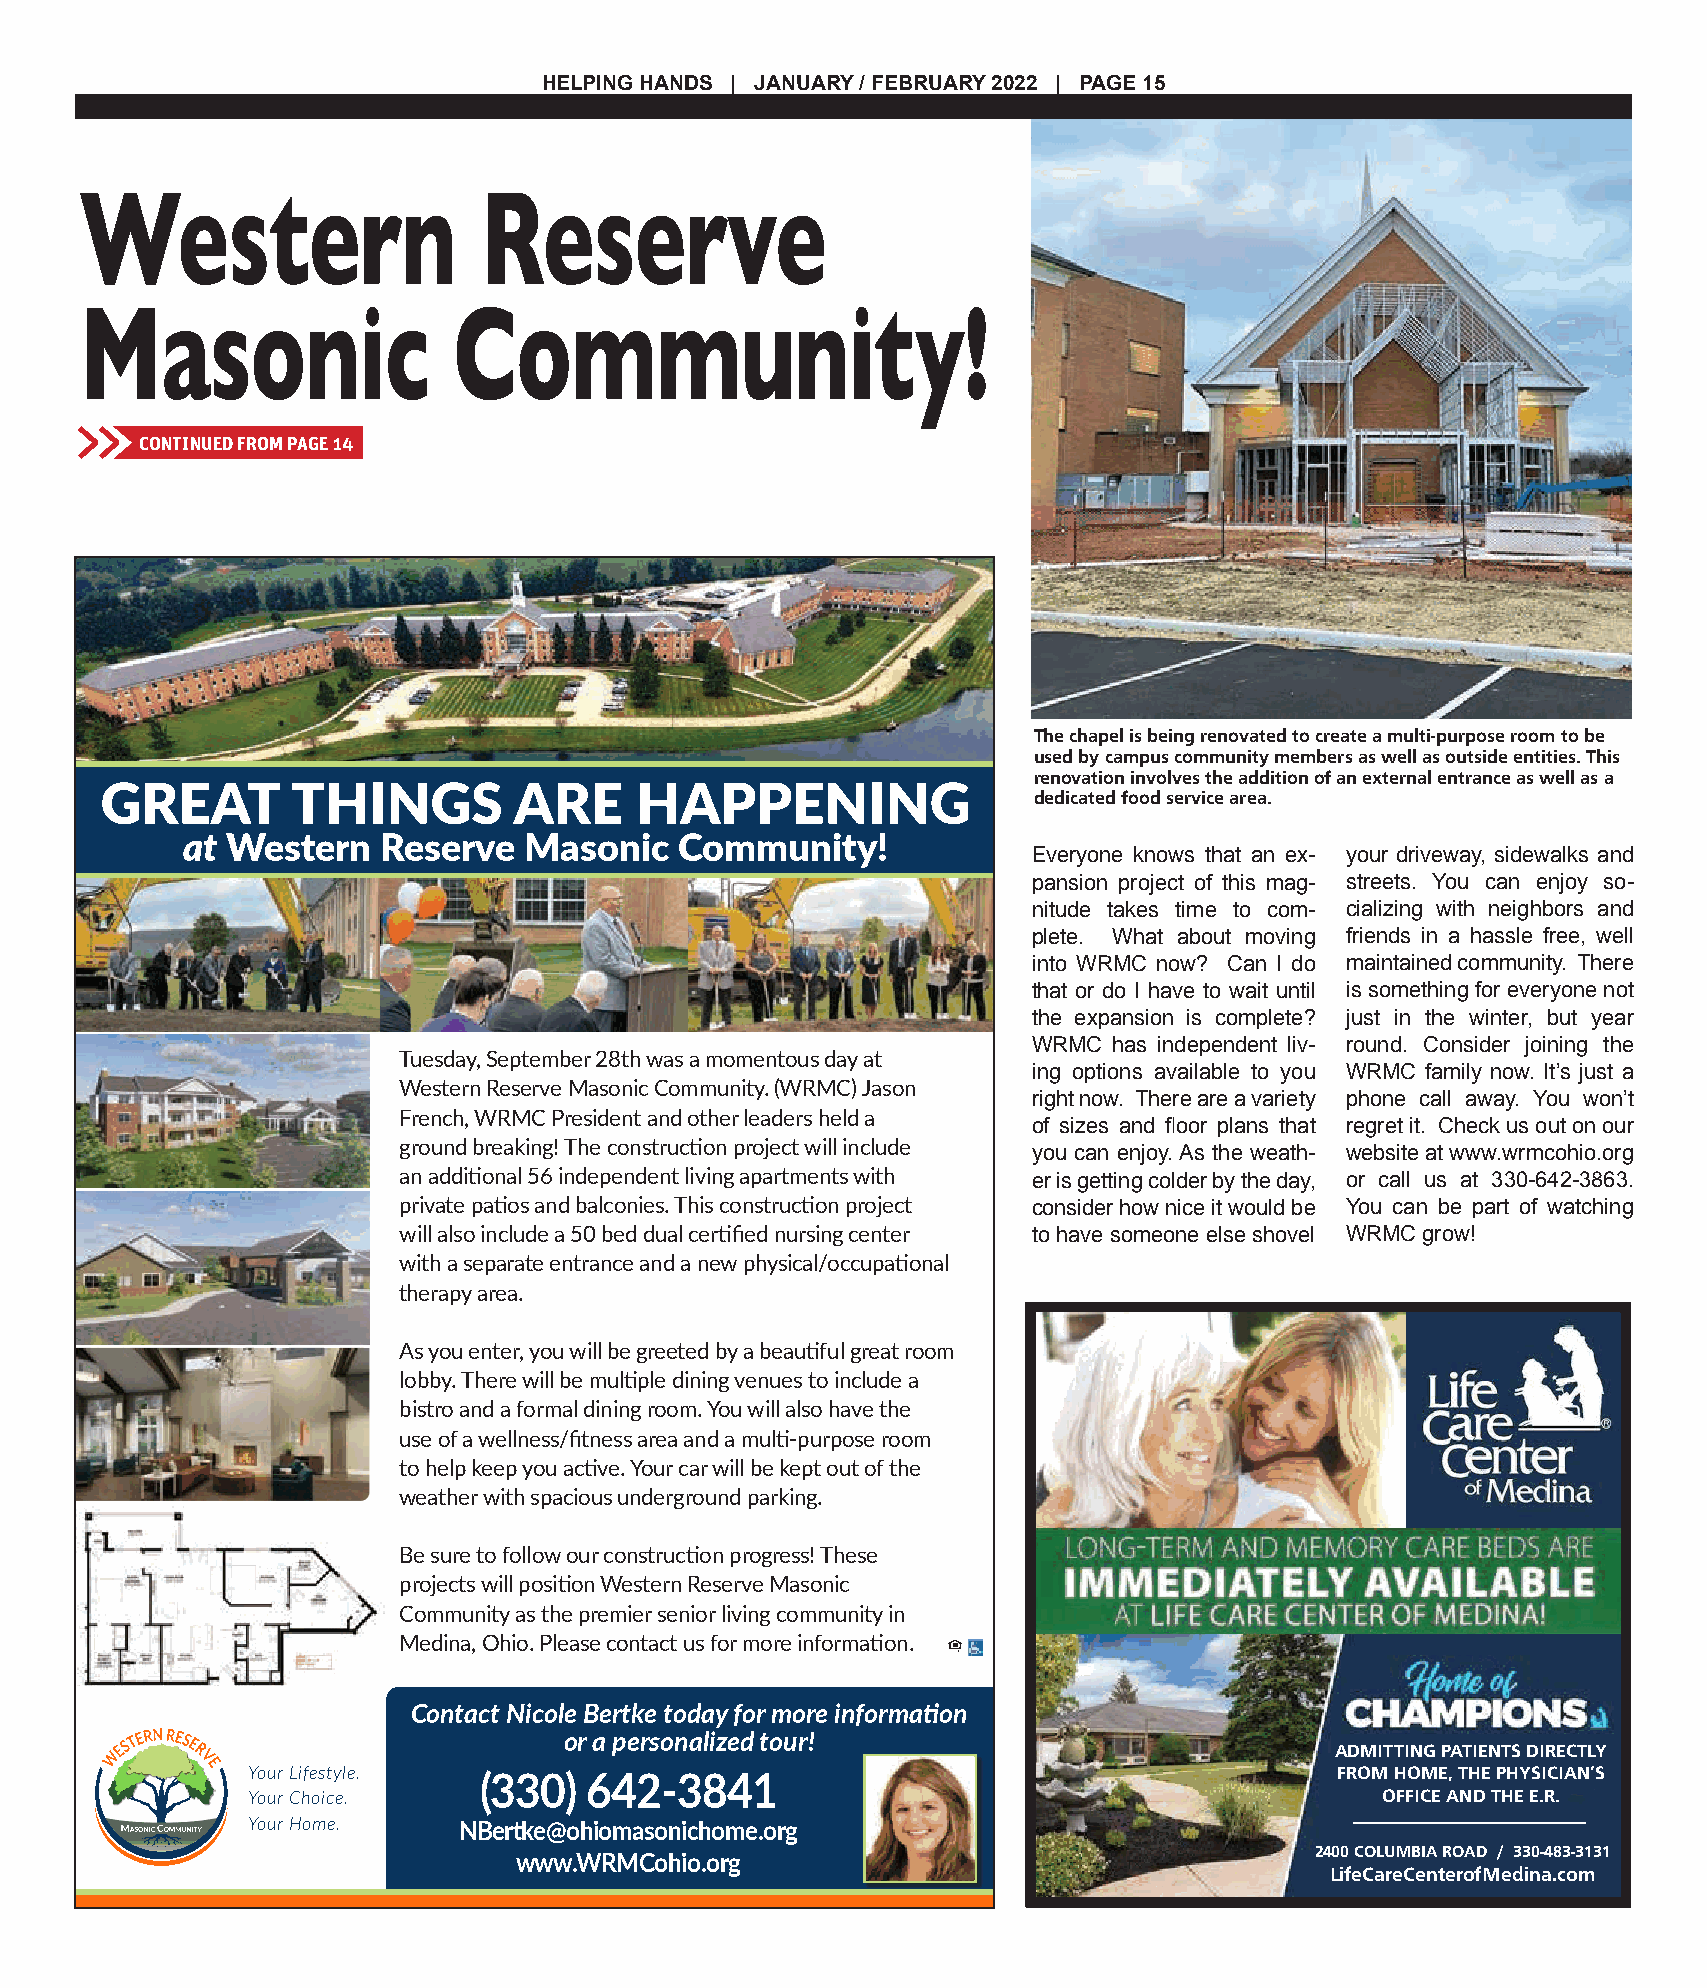
HELPING HANDS | JANUARY / FEBRUARY 2022 | PAGE 15
 Western                    Reserve
 Masonic                  Community!
 >>
 CONTINUED FROM PAGE 14
 The chapel is being renovated to create a multi-purpose room to be
 used by campus community members as well as outside entities. This
 renovation involves the addition of an external entrance as well as a
 GREAT       THINGS         ARE     HAPPENING                 dedicated food service area.
 at Western   Reserve   Masonic   Community!
 Everyone knows that an ex- your driveway, sidewalks and
 pansion project of this mag- streets. You can enjoy so-
 nitude takes time to com- cializing with neighbors and
 plete. What about moving friends in a hassle free, well
 into WRMC now? Can I do maintained community. There
 that or do I have to wait until is something for everyone not
 the expansion is complete? just in the winter, but year
 WRMC  has independent liv- round. Consider joining the
 Tuesday, September 28th was a momentous day at
 ing options available to you WRMC family now. It’s just a
 Western Reserve Masonic Community. (WRMC) Jason
 right now. There are a variety phone call away. You won’t
 French, WRMC President and other leaders held a
 of sizes and floor plans that regret it. Check us out on our
 ground breaking! The construction project will include
 you can enjoy. As the weath- website at www.wrmcohio.org
 an additional 56 independent living apartments with er is getting colder by the day, or call us at 330-642-3863.
 private patios and balconies. This construction project consider how nice it would be You can be part of watching
 will also include a 50 bed dual certified nursing center to have someone else shovel WRMC grow!
 with a separate entrance and a new physical/occupational
 therapy area.
 As you enter, you will be greeted by a beautiful great room
 lobby. There will be multiple dining venues to include a
 bistro and a formal dining room. You will also have the
 use of a wellness/fitness area and a multi-purpose room
 to help keep you active. Your car will be kept out of the
 weather with spacious underground parking.
 Be sure to follow our construction progress! These
 projects will position Western Reserve Masonic
 Community as the premier senior living community in
 Medina, Ohio. Please contact us for more information.
 Contact Nicole Bertke today for more information
 or a personalized tour!
 ADMITTING PATIENTS DIRECTLY
 Your Lifestyle.                                                         FROM HOME, THE PHYSICIAN’S
 (330)  642-3841
 Your Choice.                                                               OFFICE AND THE E.R.
 Your Home.    NBertke@ohiomasonichome.org
 2400 COLUMBIA ROAD / 330-483-3131
 www.WRMCohio.org
 LifeCareCenterofMedina.com
 s